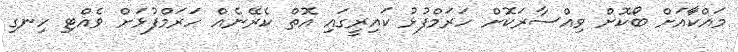
މައްކާައަށް ބޯކޮށް ވިއްސާރަކޮށް ހަރަމްފުޅު ކައިރީގައި އޮތް ކެރޭނެއް ހަރަމްފުޅަށް ވެއްޓި ހިނގި